Annual statistical returns and brief notes on vaccination in Bengal - 1887-1898
Year: 1887
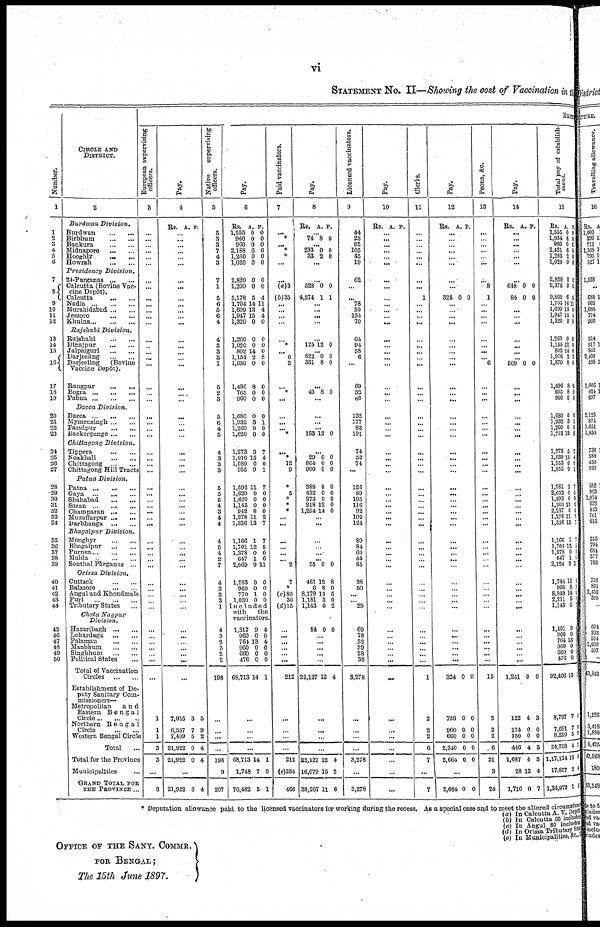
vi
STATEMENT NO. II—Showing the cost of Vaccination in the
Number.
1
1
2
3 4
5
6
7
8
9
10
11
12
13
14
15
16
17
18
19
20
21
22
23
24
25
26
27
28
29
30
31
32
33
34
35
36
37
38
39
40
41
42
43
44
45
46
47
43
49
50
CIRCLE AND
DISTRICT.
2
Burdwan
Division.
Burdwan
...
...
Birbhum ... ...
Bankura
...
...
Midnapore
...
...
Hooghly
...
...
Howrah
...
...
Presidency
Division.
24-Parganas
...
...
Calcutta (Bovine Vac-
cine Depôt).
Calcutta
...
...
Nadia
...
...
...
Murshidabad ... ...
Jessoro
...
...
Khulna
...
...
...
Rajshahi
Division.
Rajshahi
...
...
Dinajpur
...
...
Jalpaigur.
...
...
Darjeeling
...
...
Darjeeling
(Bovine
Vaccine Depôt).
Rangpur
...
...
Bogra
...
...
...
Pabna
...
...
...
Dacca
Division.
Dacca
...
...
...
Mymensingh ... ...
Faridpur
...
...
Backergange ... ...
Chittagong
Division.
Tippera
...
...
Noakhali
...
...
Chittagong
...
...
Chittagong Hill Tracts
Patna
Division.
Patna
...
...
...
Gaya
...
...
...
Shahabad ... ...
Saran
...
...
Champaran
...
...
Muzallarpur
...
...
Darbhanga
...
...
Shagalpur
Division.
Monghyr
...
...
Bhagalpur
...
...
Purnea
...
...
...
Malda
...
...
...
Sonthal Parganas ...
Orissa
Division.
Cuttack
...
...
Balasore
...
...
Angul and Khondmals
Puri
...
...
...
Tributary States ...
Chota
Nagpur
Division.
Hazaribagh
...
...
Lohardaga
...
...
Palamau
...
...
Manbhum
...
...
Singbhum
...
...
Political States ...
Total of Vaccination
Circles
...
...
Establishment of De-
puty Sanitary Com.
missioners—
Metropolitan
a n d
Eastern
Bengal
Circle ... ... ...
Northern
Bengal
Circle
...
...
Western Bengal Circle
Total ...
Total for the Province
Municipalities ...
GRAND TOTAL FOR
THE PROVINCE ...
EXPE
European supervising
officers.
3
...
...
...
...
...
...
...
...
...
...
...
...
...
...
...
...
...
...
...
...
...
...
...
...
...
...
...
...
...
...
...
...
...
...
...
...
...
...
...
...
...
...
...
...
...
...
...
...
...
...
...
...
...
1
1
1
3
3
...
3
Pay.
4
Rs. A. P.
...
...
...
...
...
...
...
...
...
...
...
...
...
...
...
...
...
...
...
...
...
...
...
...
...
...
...
...
...
...
...
...
...
...
...
...
...
...
...
...
...
...
...
...
...
...
...
...
...
...
...
...
...
7,955
6,557
7,409
21,922
21,922
3
7
5
0
0
5
9
2
4
4
...
21,922 0 4
Native
supervising
officers.
5
5
3
3
7
4
3
7
1
5
6
5
6
4
4
3
3
3
1
5
2
3
5
6
4
5
4
3
3
3
5
5
5
4
3
4
4
4
5
4
2
7
4
3
3
3
1
4
3
2
3
2
2
198
...
...
...
...
198
9
207
Pay.
6
Rs.
1,555
960
960
2,188
1,260
1,020
A.
0
0
0
6
0
0
P.
0
0
0
0
0
0
2,820
1,200
5,178
1,704
1,609
1,947
1,320
0
0
5
14
13
15
0
0
0
4
11
4
4
0
1,260
1,020
802
1,154
1,030
1,496
765
960
0
0
14
2
0
8
0
0
0
0
0
8
0
0
0
0
1,680
1,932
1,260
1,620
0
3
0
0
0
1
0
0
1,273
1,010
1,089
955
5
15
0
9
7
4
0
1
1,592
1,620
1,620
1,145
942
1,278
1,336
1,166
1,701
1,378
647
2,069
11
0
0
0
8
11
13
1
12
0
1
9
7
0
0
0
0
2
7
7
5
0
6
11
1,283
960
770
1,030
0
0
1
0
0
0
0
0
Included
with
the
vaccinators.
1,317
960
764
960
660
476
68,713
9
0
13
0
0
0
14
4
0
4
0
0
0
1
...
...
...
...
68,713
1,748
70,462
14
7
5
1
0
1
Paid vaccinators.
7
... ...
...
*
*
...
...
(a)3
(b)35
...
...
...
...
...
*
... 6
2
...
*
...
...
...
...
*
...
*
12
9
* 5
*
*
*
...
...
...
...
...
...
2
7
*
(c)80
36
(d)15
...
... ...
...
...
...
212
...
...
...
...
212
(e)254
466
Pay.
8
RS. A. P.
...
74 8 0
...
233
33
0
2
0
0
...
...
528
4,274
0
1
0
1
...
...
...
...
...
125 12 0
...
822
331
0
8
0
0
...
40 8 0
...
...
...
...
153 12 0
...
29
864
900
0
0
0
0
0
0
388
432
273
218
1,294
8
0
0
12
14
0
0 0
0
0
...
...
...
... ...
...
55 0 0
461
6
8,179
1,181
1,143
12
8
13
5
0
8
0
5
0
2
84 0 0
...
...
...
...
...
22,127 12 4
...
...
...
...
22,127
16,079
38,207
12
15
11
4
2
6
Licensed vaccinators.
9
44
23
65
105
45
19
62
...
... 78
50
134
70
64
94
58
6
...
69
32
60
132
177
83
101
74
52
74
...
125
89
105
116
92
102
124
80
84
60
44
85
38
50
...
...
29
69
78
32
39
28
38
3,278
...
...
...
...
3,278
...
3,278
Pay.
10
Rs. A. P.
...
... ...
...
...
...
...
...
... ...
...
...
...
...
...
...
...
...
...
...
...
...
...
...
...
...
...
...
...
...
...
...
...
...
...
...
...
...
...
...
...
...
...
...
...
...
...
...
...
...
...
...
...
...
...
...
...
...
...
...
Clerks.
11
...
...
...
...
...
...
...
...
1
...
...
...
...
...
...
...
...
...
...
...
...
...
...
...
...
...
...
...
...
...
...
...
...
...
...
...
...
...
...
...
...
...
...
...
...
...
...
...
...
...
...
...
1
2
2
2
6
7
...
7
Pay.
12
Rs. A. P.
...
...
...
...
...
...
...
...
324 0 0
...
...
...
...
...
...
...
...
...
...
...
...
...
...
...
...
...
...
...
...
...
...
...
...
...
...
...
...
...
...
...
...
...
...
...
...
...
...
...
...
...
...
...
324 0 0
720
960
660
2,340
2,664
0
0
0
0
0
0
0
0
0
0
...
2,664 0 0
Peons, &c.
13
...
...
...
...
...
...
...
8
1
...
...
...
...
...
...
... ...
6
...
...
...
...
...
...
...
...
...
...
...
...
...
...
...
... ...
...
...
... ...
...
...
...
...
...
...
...
...
...
...
...
...
...
15
2
2
2
6
21
3
24
Pay.
14
Rs. A. P.
...
...
...
...
...
...
...
648
84
0
0
0
0
...
...
...
...
...
...
...
...
509 0 0
...
...
...
...
...
...
...
...
...
... ...
...
...
...
...
...
...
...
...
...
...
...
...
...
...
...
...
...
...
...
...
...
...
...
1,241 0 0
122
174
150
446
1,687
28
1,716
4
0
0
4
4
12
0
3
0
0
3
3
4
7
Total pay of establish-
ment
15
Rs.
1,555
1,034
960
2,421
1,293
1,020
A.
0
8
0
6
2
0
P.
0
0
0
0
0
0
2,820
2,376
9,860
1,704
1,609
1,917
1,320
0
0
6
14
13
15
0
0
0
0
11 4
4
0
1,260
1,145
802
1,976
1,870
1,496
805
960
0
12
14
2
8
8
8
0
0
0
0
8
0
0
0
0
1,680
1,933
1,260
1,773
0
3
0
12
0
1
0
0
1,273
1,039
1,953
1,855
5
15
0
9
7
4
0
1
1,981
2,052
1,893
1,363
2,237
1,278
1,336
3
0
0
12
6
11
13
7
0
0
0
0
2 7
1,166
1,701
1,378
647
2,124
1
12
0
1
9
7
5
1
0
11
1,744
966
8,949
2,211
1,143
12
8
14
5
0
0
0
0
0
0
1,401
960
764
960
660
476
92,406
9
0
13
0
0
0
10
0
0
0
0 0
0
0
8,797
7,691
8,219
24,708
1,17,114
17,857
1,34,972
7
7
5
4
15
2
1
0
0
0
7
0
6
6
* Deputation allowance paid to the licensed vaccinators for working during the recess. As a special case and to meet the altered circumstanc
(a) In Calcutta A. V. Depôt
(b) In Calcutta 35 includes
(c) In Angul 80 includes
(d) In Orissa Tributary Sta
(e) In Municipalities, &c.,
OFFICE OF THE SANY. COMMR.
FOR BENGAL;
The 15th June 1897.